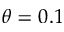
\theta = 0 . 1